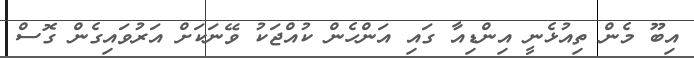
އިބޫ މެން ތިއުޅެނީ އިންޑިއާ ގައި އަންހެން ކުއްޖަކު ވޭނަކަށް އަރުވައިގެން ގޮސް